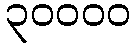
၃၀၀၀၀